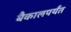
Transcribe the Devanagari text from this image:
बैकालपर्यंत